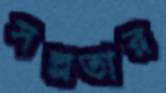
সল্পতার